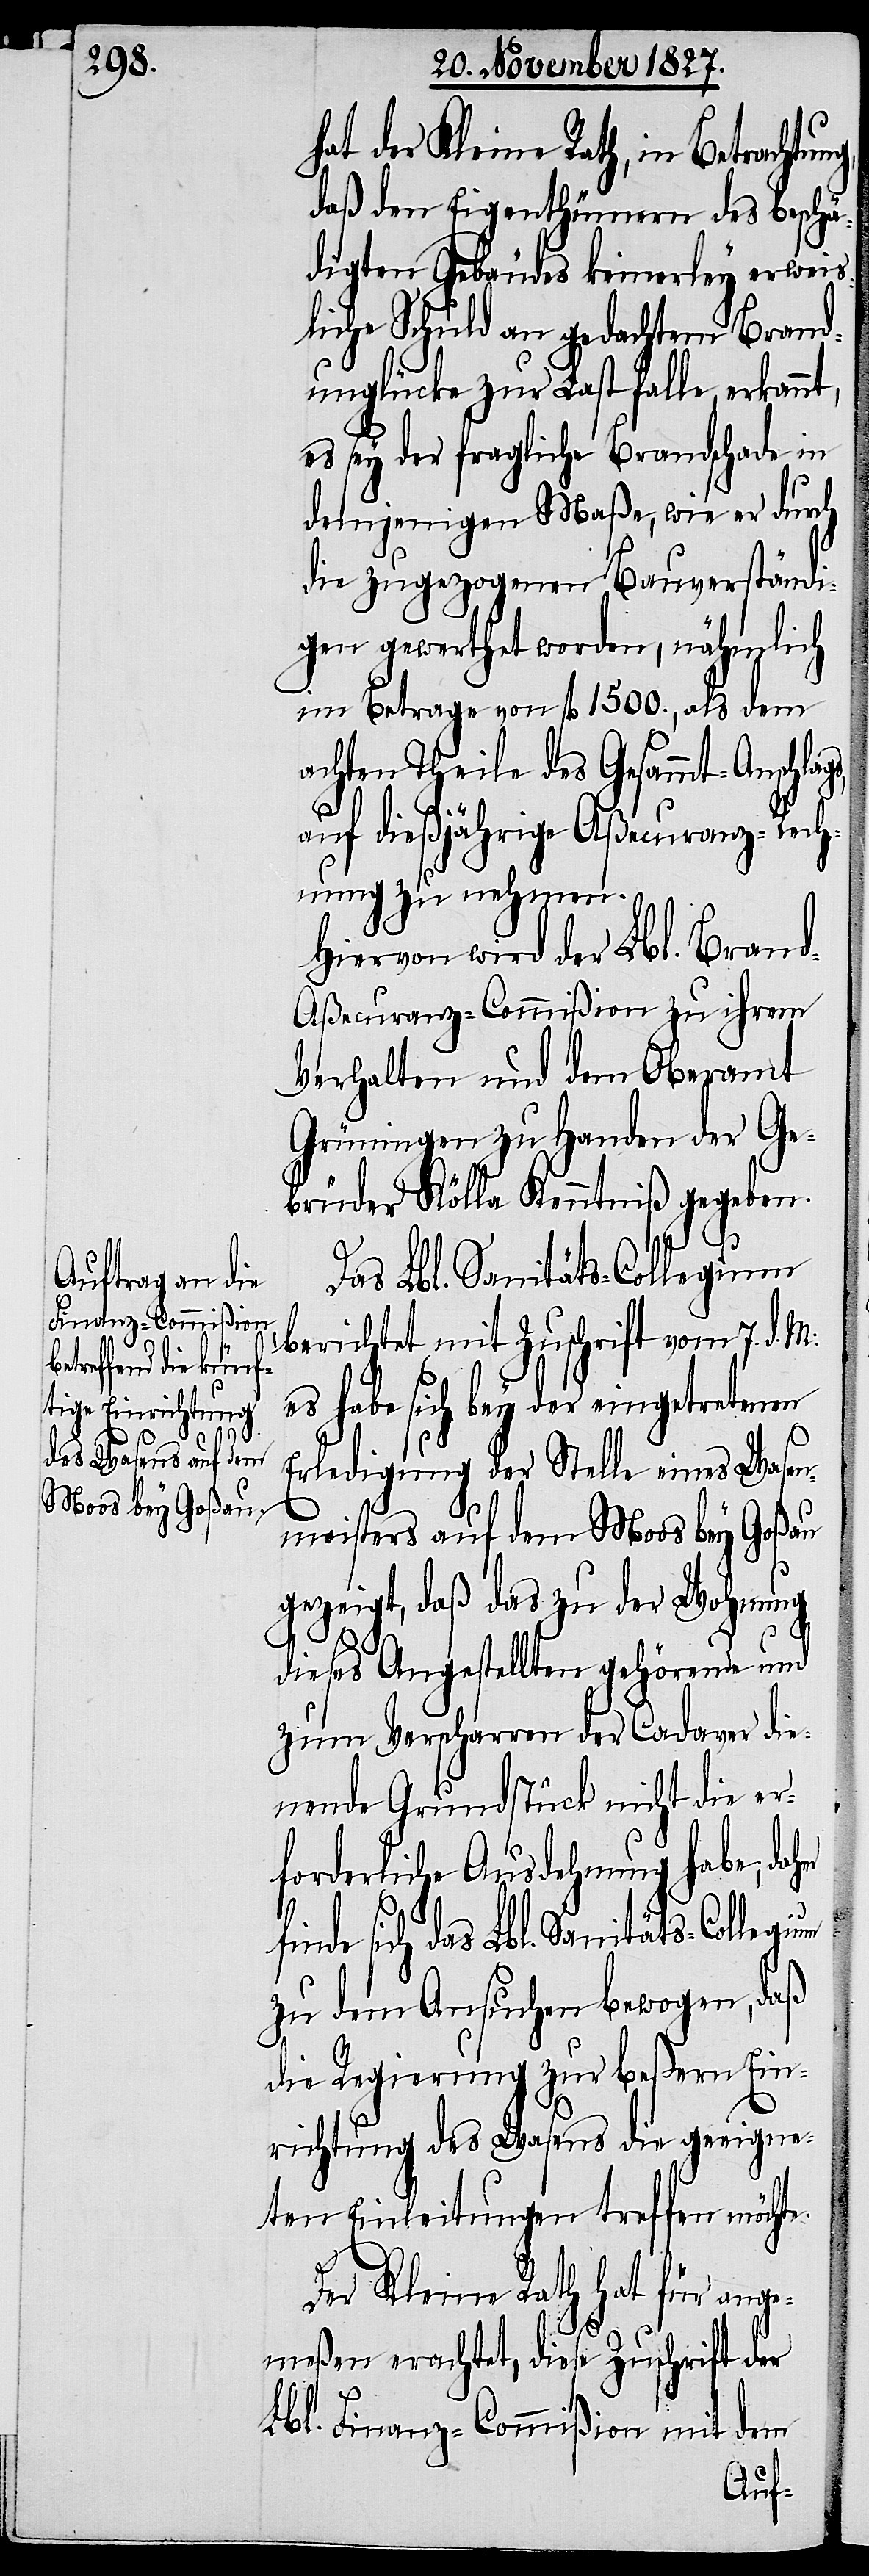
hat der Kleine Rath, in Betrachtun¬
daß den Eigenthümern des beschä¬
digten Gebäudes keinerley erweis¬
liche Schuld an gedachtem Brand¬
unglücke zur Last falle, erkann¬
es sey der fragliche Brandschade in
demjenigen Maße, wie er durch
die zugezogenen Bauverständi¬
gen gewerthet worden, nähmlich
im Betrage von fl. 1500., als dem
achten Theile des Gesammt-Anschla¬
gs,
auf dießjährige Aßecuranz-Rech¬
nung zu nehmen.
Hiervon wird der Lbl. Bran¬
d-Aßecuranz-Commißion zu ihrem
Verhalten und dem Oberamt
Grüningen zu Handen der Ge¬
brüder Kölla Kenntniß gegeben.
Das Lbl. Sanitäts-Collegium
berichtet mit Zuschrift vom 7. d. M:
es habe sich bey der eingetretenen
Erledigung der Stelle eines Wase¬
nmeisters auf dem Moos bey Goßau
gezeigt, daß das zu der Wohnung
dieses Angestellten gehörende und
zum Verscharren der Cadaver die¬
nende Grundstück nicht die er¬
forderliche Ausdehnung habe, dah¬
er
finde sich das Lbl. Sanitäts-Collegium
zu dem Ansuchen bewogen, daß
die Regierung zur beßern Ein¬
richtung des Wasens die geeigne¬
ten Einleitungen treffen möchte.
Der Kleine Rath hat für ange¬
meßen erachtet, diese Zuschrift der
Lbl. Finanz-Commißion mit dem